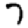
Digit: 7